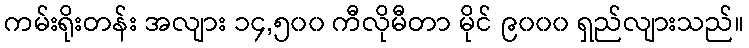
ကမ်းရိုးတန်း အလျား ၁၄,၅၀၀ ကီလိုမီတာ မိုင် ၉၀၀၀ ရှည်လျားသည်။